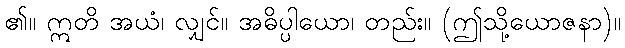
၏။ ဣတိ အယံ၊ လျှင်။ အဓိပ္ပါယော၊ တည်း။ (ဤသို့ယောဇနာ)။